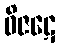
ဝိဇဋေ